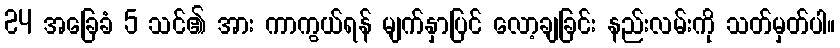
24 အခြေခံ 5 သင်၏ အား ကာကွယ်ရန် မျက်နှာပြင် လော့ချခြင်း နည်းလမ်းကို သတ်မှတ်ပါ။